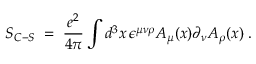
S _ { C - S } \; = \; \frac { e ^ { 2 } } { 4 \pi } \int d ^ { 3 } x \, \epsilon ^ { \mu \nu \rho } A _ { \mu } ( x ) \partial _ { \nu } A _ { \rho } ( x ) \; .